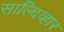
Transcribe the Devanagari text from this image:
साल्दिव्हार